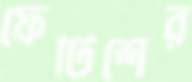
ফেটিশের